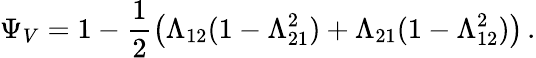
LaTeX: \Psi_{V}=1-\frac{1}{2}\big(\Lambda_{12}(1-\Lambda_{21}^{2})+\Lambda_{21}(1-\Lambda_{12}^{2})\big)\, .